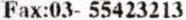
FAX:03- 55423213